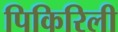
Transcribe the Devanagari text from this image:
पिकिरिली